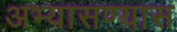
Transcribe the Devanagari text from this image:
अभ्यासण्यास